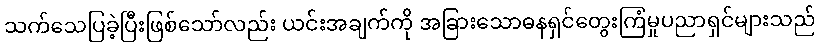
သက်သေပြခဲ့ပြီးဖြစ်သော်လည်း ယင်းအချက်ကို အခြားသောဓနရှင်တွေးကြံမှုပညာရှင်များသည်